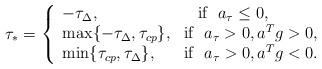
LaTeX: \begin{align*}\tau_{\ast}=\left\{\begin{array}{l}-\tau_{\Delta}, \ \ \ \ \ \ \ \ \ \ \ \ \ \ \ \ \ \ \mbox{if} \ \ a_{\tau} \leq 0,\\\max\{-\tau_{\Delta}, \tau_{cp}\}, \ \ \mbox{if} \ \ a_{\tau} > 0, a^Tg>0,\\\min\{\tau_{cp}, \tau_{\Delta}\}, \ \ \ \ \ \mbox{if} \ \ a_{\tau} > 0, a^Tg<0.\end{array}\right.\end{align*}